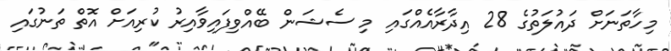
މިހާތަނަށް ދައުލަތުގެ 28 އިދާރާއެއްގައި މި ސެޝަން ބޭއްވިފައިވާއިރު ކުރިއަށް އޮތް ތަނުގައި